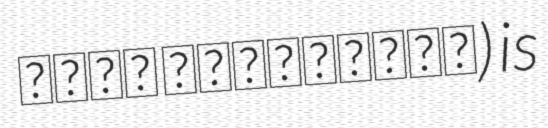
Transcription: خسرو نظافت‌دوست) is